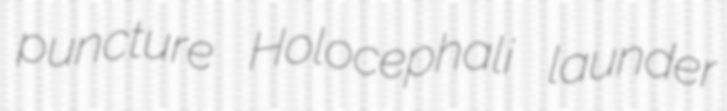
puncture Holocephali launder